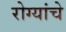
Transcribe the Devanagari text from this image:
रोग्यांचे